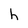
Character: h